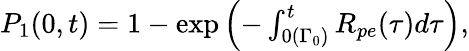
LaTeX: \begin{array}{r}{P_{1}(0,t)=1-\exp{\Bigl(-\int_{0(\Gamma_{0})}^{t}R_{pe}(\tau)d\tau\Bigr)},}\end{array}